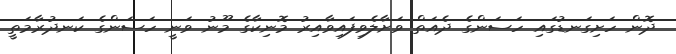
ދޮން ހަށިގަނޑުގައި ހަސަންގެ ދެއަތް ވަށާލެވިފައިވާއިރު މޮނިކާގެ މޫނު ވަނީ ހަސަންގެ ކަނދުރާމަތީ